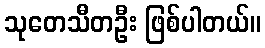
သုတေသီတဦး ဖြစ်ပါတယ်။